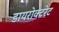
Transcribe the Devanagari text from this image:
डायरोक्टरेट